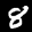
Label: 8